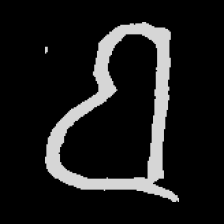
Pyu character \u2014 Myanmar letter: ဗ (romanized: ba)